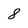
Character: 8